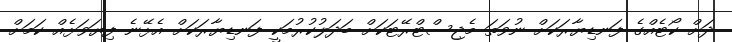
ދަށް ކޯޓެއްގެ ފަނޑިޔާރަކަށް ނުވަތަ މެޖިސްޓްރޭޓަކަށް ބަދަލުކުރުމަކީ ފަނޑިޔާރަކަށް އެޅޭނެ ފިޔަވަޅެއް ކަމަށް